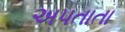
અપતાતા